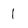
Character: l